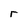
Character: r